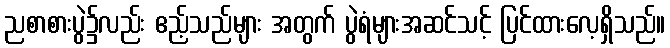
ညစာစားပွဲ၌လည်း ဧည့်သည်များ အတွက် ပွဲရံများအဆင်သင့် ပြင်ထားလေ့ရှိသည်။